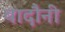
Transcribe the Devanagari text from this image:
बादौनी